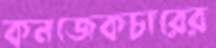
কনজেকচারের